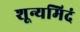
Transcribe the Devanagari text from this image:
शून्यमिदं